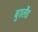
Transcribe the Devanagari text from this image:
बुशलैंड